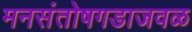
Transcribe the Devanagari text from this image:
मनसंतोषगडाजवळ